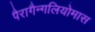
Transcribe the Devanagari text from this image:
पैरागैन्गलियोमास